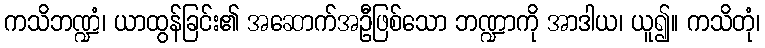
ကသိဘဏ္ဍံ၊ ယာထွန်ခြင်း၏ အဆောက်အဦဖြစ်သော ဘဏ္ဍာကို အာဒါယ၊ ယူ၍။ ကသိတုံ၊